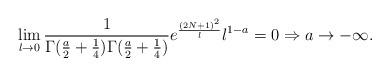
LaTeX: \begin{align*}\lim_{l\rightarrow 0} \frac{1}{\Gamma (\frac{a}{2}+\frac{1}{4}) \Gamma (\frac{a}{2}+\frac{1}{4})} e ^{\frac{(2N+1)^2}{l}}l^{1-a} =0 \Rightarrow a \rightarrow - \infty.\end{align*}